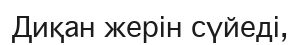
Диқан жерін сүйеді,